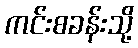
ကင်းစခန်းသို့